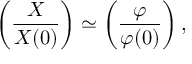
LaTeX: \left( \frac { X } { X ( 0 ) } \right) \simeq \left( \frac { \varphi } { \varphi ( 0 ) } \right) ,